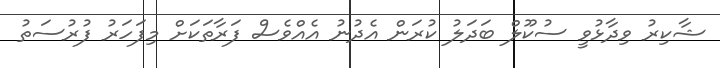
ޝާކިރު ވިދާޅުވީ ސުކޫލް ބަދަލު ކުރަން އެދުނު އެއްވެސް ފަރާތަކަށް މިފަހަރު ފުރުސަތު